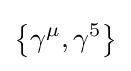
\left\{\gamma ^{\mu },\gamma ^{5}\right\}